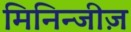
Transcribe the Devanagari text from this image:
मिनिन्जीज़